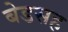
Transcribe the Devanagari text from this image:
बेडसह